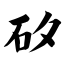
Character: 矽